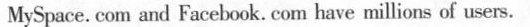
MySpace. com and Facebook. Com have millions of users.